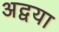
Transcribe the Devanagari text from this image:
अद्वया